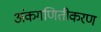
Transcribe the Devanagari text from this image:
अंकगणितीकरण